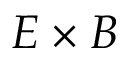
{ E \times B }